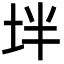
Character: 坢